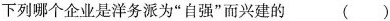
下列哪个企业是洋务派为”自强”而兴建的( )